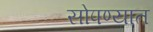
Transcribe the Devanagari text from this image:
सोपण्यात